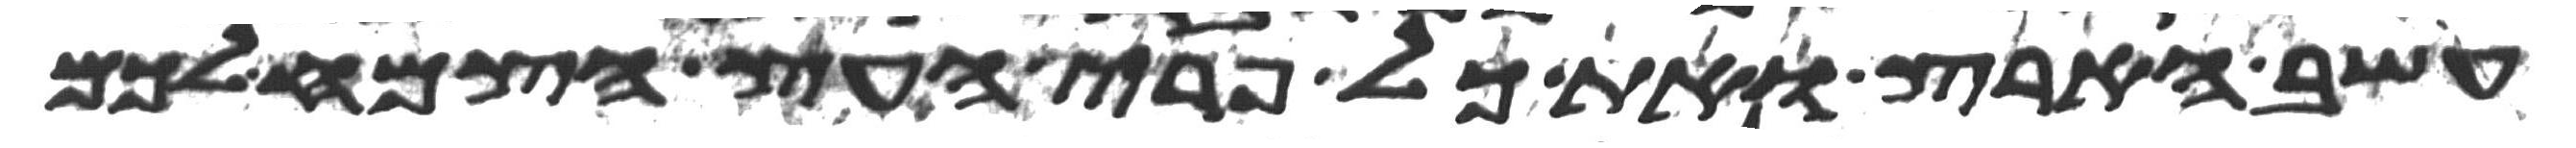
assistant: עשב הארץ ואת כל פרי העץ הצמח לכם